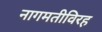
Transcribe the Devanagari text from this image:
नागमतीविरह